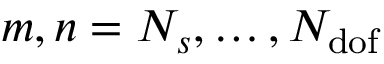
m , n = N _ { s } , \dots , N _ { \mathrm { d o f } }